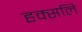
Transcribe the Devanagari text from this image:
हक्सलि